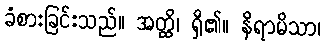
ခံစားခြင်းသည်။ အတ္ထိ၊ ရှိ၏။ နိရာမိသာ၊